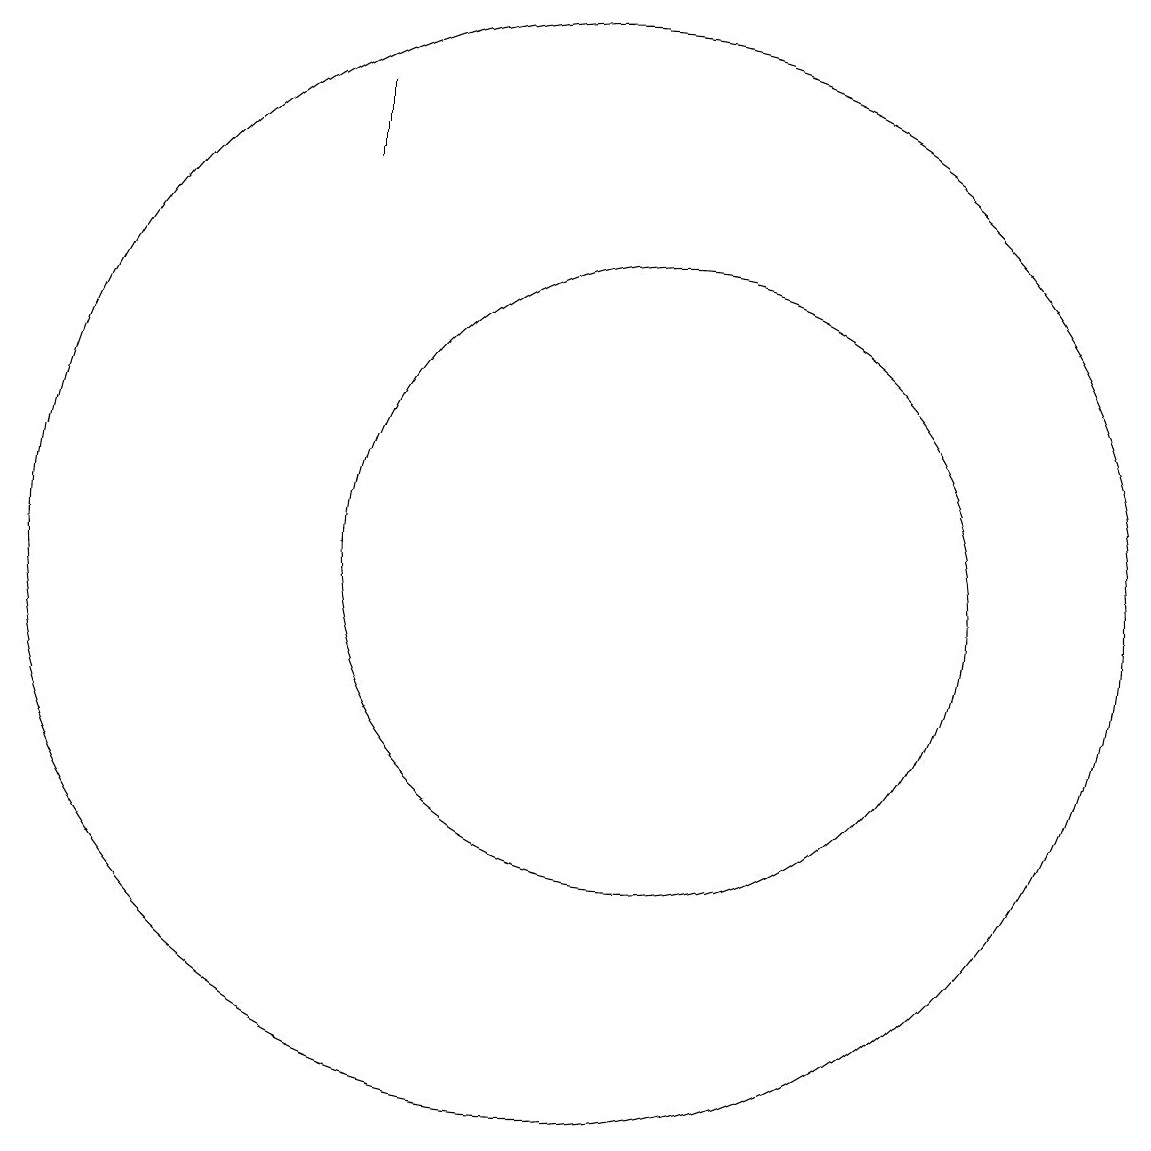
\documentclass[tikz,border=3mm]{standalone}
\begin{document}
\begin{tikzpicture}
\draw (12,10) circle (4);
\draw (11,10) circle (7);
\draw (8,15) rectangle (8,16);
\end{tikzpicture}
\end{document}